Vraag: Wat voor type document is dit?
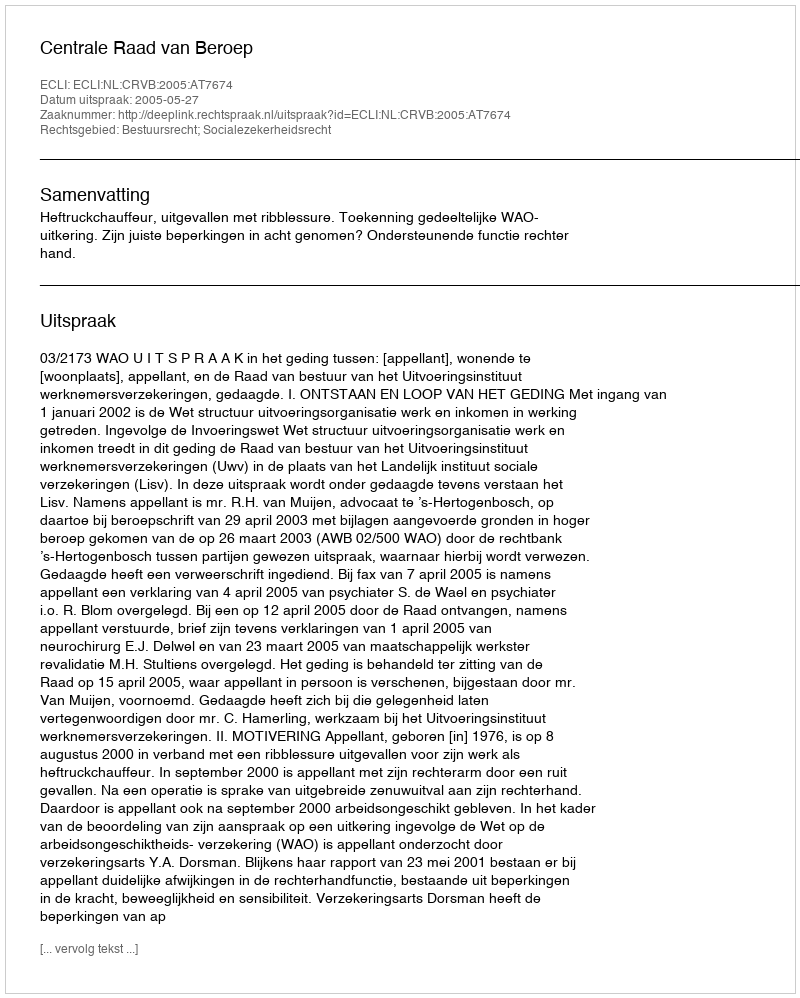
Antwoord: Uitspraak